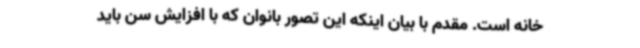
خانه است. مقدم با بیان اینکه این تصور بانوان که با افزایش سن باید